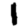
Digit: 1